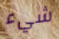
شيء